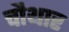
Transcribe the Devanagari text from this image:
चौथार